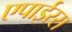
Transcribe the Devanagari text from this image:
एपाईरस